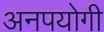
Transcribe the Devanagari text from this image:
अनपयोगी